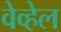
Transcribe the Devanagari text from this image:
वेव्हेल